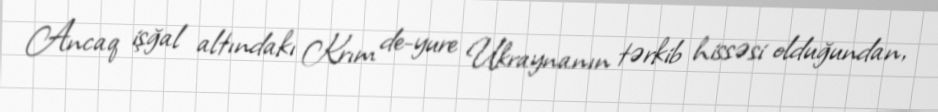
Ancaq işğal altındakı Krım de-yure Ukraynanın tərkib hissəsi olduğundan,